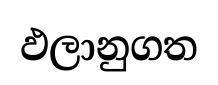
ඵලානුගත